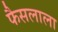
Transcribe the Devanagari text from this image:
फैसलाला